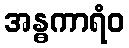
အန္ဓကာရံဝ